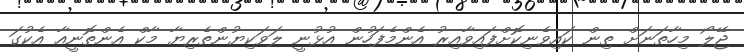
ޖޭލޯ މިހާތަނަށް ތިން ކައިވެނިކޮށްފައިވާއިރު އެންމެފަހުން އުޅުނީ ލަވަކިޔުންތެރިޔާ މާކް އެންތޮނީއާ އެކުގަ